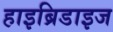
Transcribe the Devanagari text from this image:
हाइब्रिडाइज